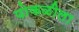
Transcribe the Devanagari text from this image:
पोकळीला